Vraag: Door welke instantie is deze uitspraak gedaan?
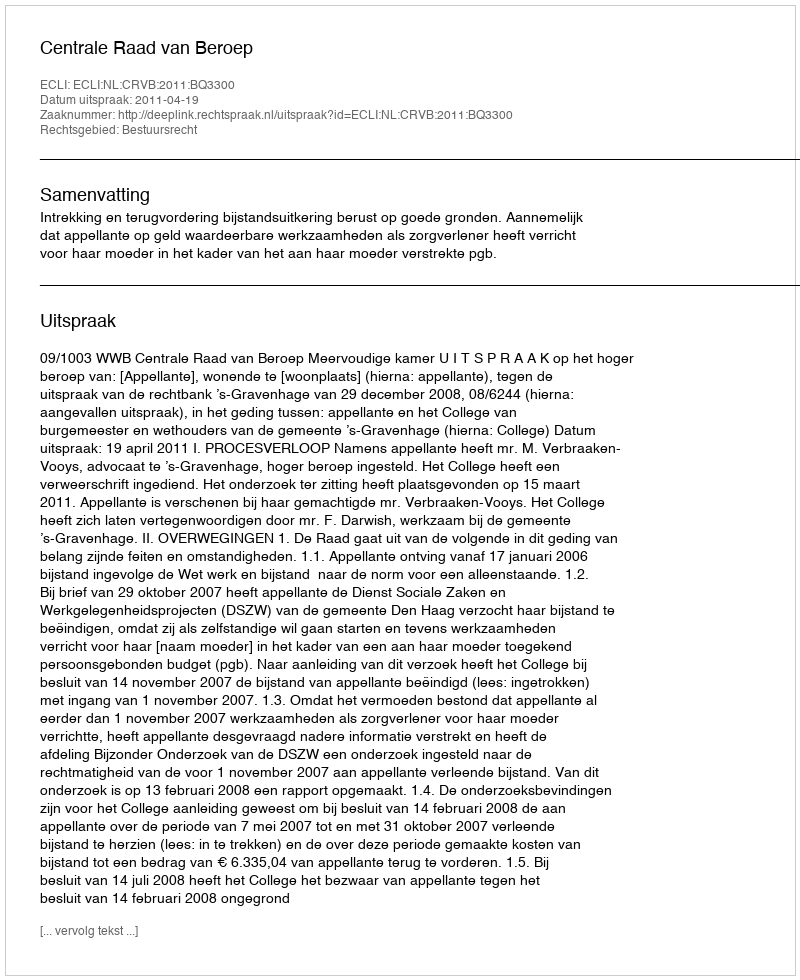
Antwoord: Centrale Raad van Beroep